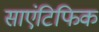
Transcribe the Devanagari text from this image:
साएंटिफिक